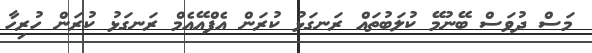
މަސް ދުވަސް ބޭނުމޭ ކުލަބުތައް ރަނގަޅު ކުރަން އެފްއޭއެމް ރަނގަޅު ކުރަން ހުރިހާ